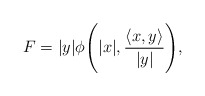
\begin{align*}F=|y|\phi\Bigg(|x|, \frac{\langle x,y\rangle}{|y|}\Bigg),\end{align*}